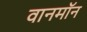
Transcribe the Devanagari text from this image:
वानमॉन